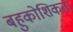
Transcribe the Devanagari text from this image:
बहुकोशिकता